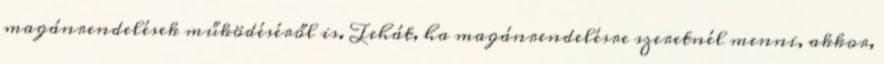
magánrendelések működéséről is. Tehát, ha magánrendelésre szeretnél menni, akkor,